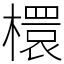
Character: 檈